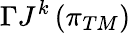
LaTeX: \Gamma J^{k}\left(\pi_{TM}\right)